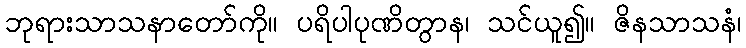
ဘုရားသာသနာတော်ကို။ ပရိပါပုဏိတွာန၊ သင်ယူ၍။ ဇိနသာသနံ၊